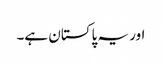
اور یہ پاکستان ہے۔